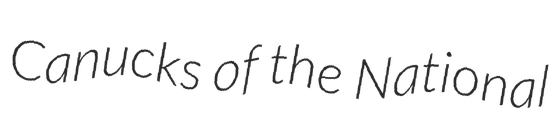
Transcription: Canucks of the National